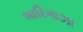
બારિગાઝા